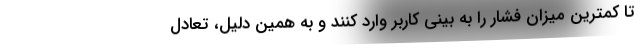
تا کمترین میزان فشار را به بینی کاربر وارد کنند و به همین دلیل، تعادل